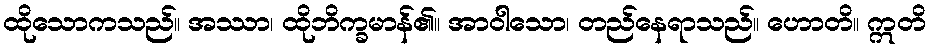
ထိုသောကသည်။ အဿာ၊ ထိုဘိက္ခမာန်၏။ အာဝါသော၊ တည်နေရာသည်။ ဟောတိ။ ဣတိ